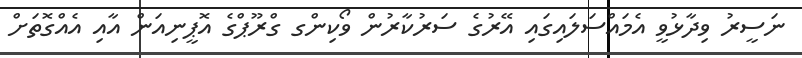
ނަސީރު ވިދާޅުވީ އެމައްސަލައިގައި އޭރުގެ ސަރުކާރުން ވޯކިންގ ގްރޫޕްގެ އޮޕީނިއަން އާއި އެއްގޮތަށް